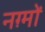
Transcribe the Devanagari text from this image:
नग़्मों